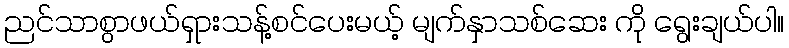
ညင်သာစွာဖယ်ရှားသန့်စင်ပေးမယ့် မျက်နှာသစ်ဆေး ကို ရွေးချယ်ပါ။